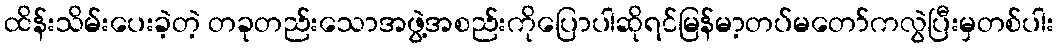
ထိန်းသိမ်းပေးခဲ့တဲ့ တခုတည်းသောအဖွဲ့အစည်းကိုပြောပါဆိုရင်မြန်မာ့တပ်မတော်ကလွဲပြီးမှတစ်ပါး